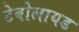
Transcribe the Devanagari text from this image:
टेबोलायड